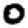
Digit: 0